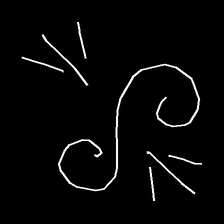
Glyph: wind-directs-air